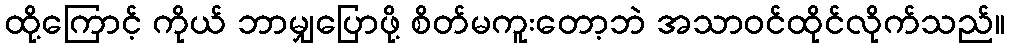
ထို့ကြောင့် ကိုယ် ဘာမျှပြောဖို့ စိတ်မကူးတော့ဘဲ အသာဝင်ထိုင်လိုက်သည်။